Scottish Leaving Certificate Examination, 1959
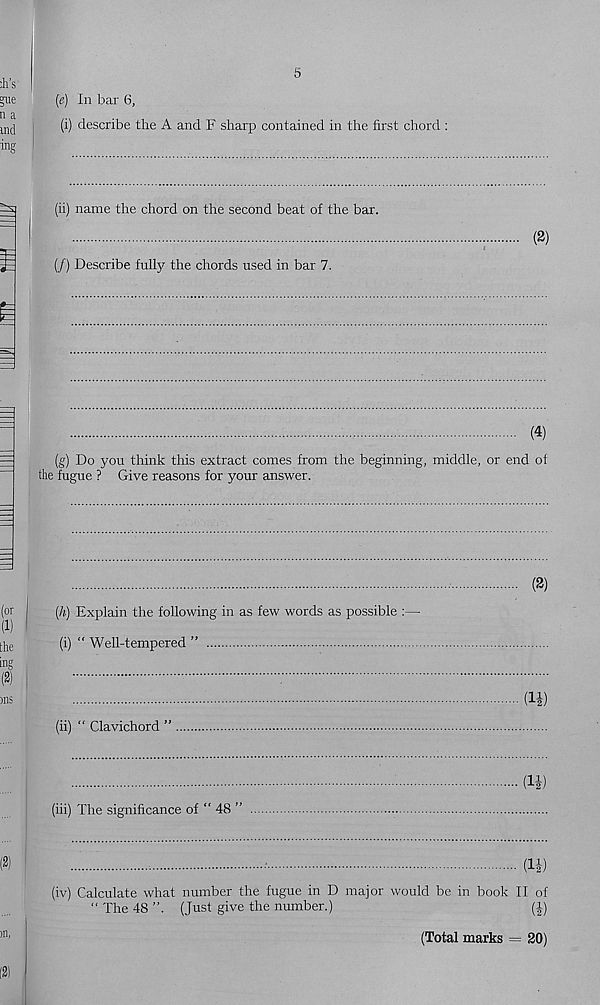
5
(e) In bar 6,
(i) describe the A and F sharp contained in the first chord :
(ii) name the chord on the second beat of the bar.
(/) Describe fully the chords used in bar 7.
(2)
(4)
(g) Do you think this extract comes from the beginning, middle, or end of
the fugue ? Give reasons for your answer.
(2)
(h) Explain the following in as few words as possible :—
(i) “ Well-tempered ”
(ii) “ Clavichord ”
(1|)
(1|)
(iii) The significance of “ 48 ”
(11)
(iv) Calculate what number the fugue in D major would be in book II of
“ The 48 ”. (Just give the number.)
(|)
(Total marks = 20)